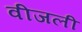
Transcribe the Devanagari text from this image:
वीजली